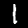
Digit: 1